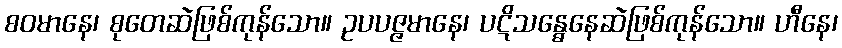
စဝမာနေ၊ စုတေဆဲဖြစ်ကုန်သော။ ဥပပဇ္ဇမာနေ၊ ပဋိသန္ဓေနေဆဲဖြစ်ကုန်သော။ ဟီနေ၊